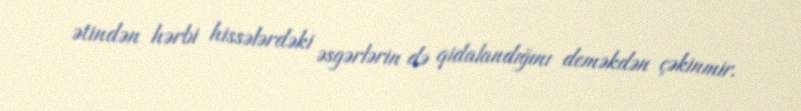
ətindən hərbi hissələrdəki əsgərlərin də qidalandığını deməkdən çəkinmir.